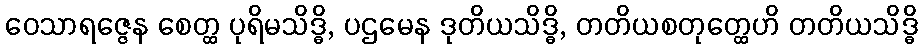
ဝေသာရဇ္ဇေန စေတ္ထ ပုရိမသိဒ္ဓိ, ပဌမေန ဒုတိယသိဒ္ဓိ, တတိယစတုတ္ထေဟိ တတိယသိဒ္ဓိ